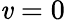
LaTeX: \mathit{v}=0